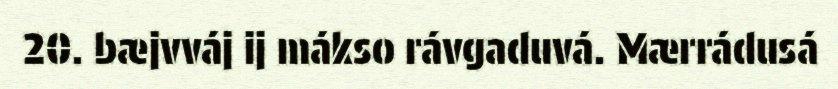
20. bæjvváj ij mákso rávgaduvá. Mærrádusá